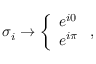
\sigma _ { i } \rightarrow \left\{ \begin{array} { l } { e ^ { i 0 } } \\ { e ^ { i \pi } } \end{array} \right. ,